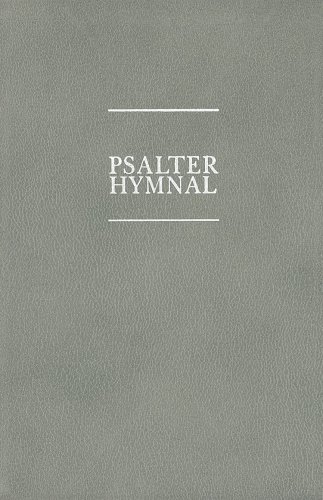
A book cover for The Psalter Hymnal Worship Edition; Christian Reformed Church; Christian Books & Bibles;